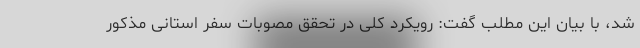
شد، با بیان این مطلب گفت: رویکرد کلی در تحقق مصوبات سفر استانی مذکور